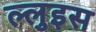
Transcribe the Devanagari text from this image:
ल्लुइस